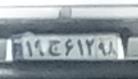
۱۹ج۶۱۲۹۸